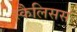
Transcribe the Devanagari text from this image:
स्कैलिसस